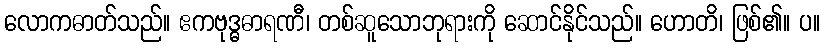
လောကဓာတ်သည်။ ဧကဗုဒ္ဓဓာရဏီ၊ တစ်ဆူသောဘုရားကို ဆောင်နိုင်သည်။ ဟောတိ၊ ဖြစ်၏။ ပ။